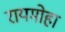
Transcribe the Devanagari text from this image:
रायमोहा